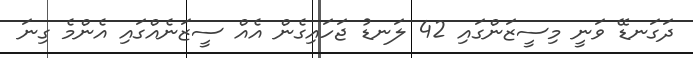
ދަގަނޑޭ ވަނީ މިސީޒަންގައި 42 ލަނޑު ޖަހައިގެން އެއް ސީޒަނެއްގައި އެންމެ ގިނަ